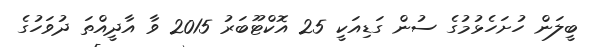
ބީލަން ހުށަހެޅުމުގެ ސުން ގަޑިއަކީ 25 އޮކްޓޫބަރު 2015 ވާ އާދީއްތަ ދުވަހުގެ